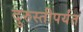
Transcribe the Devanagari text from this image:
दुरुस्तीपर्यंत